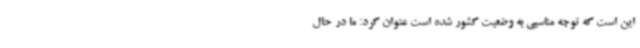
این است که توجه مناسبی به وضعیت کشور شده است عنوان کرد: ما در حال